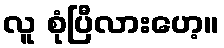
လူ စုံပြီလားဟေ့။